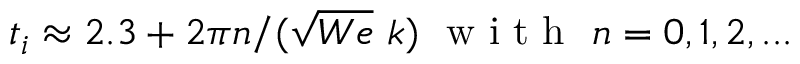
t _ { i } \approx 2 . 3 + 2 \pi n / ( \sqrt { W e } \ k ) \ \mathrm { ~ w ~ i ~ t ~ h ~ } \ n = 0 , 1 , 2 , . . .